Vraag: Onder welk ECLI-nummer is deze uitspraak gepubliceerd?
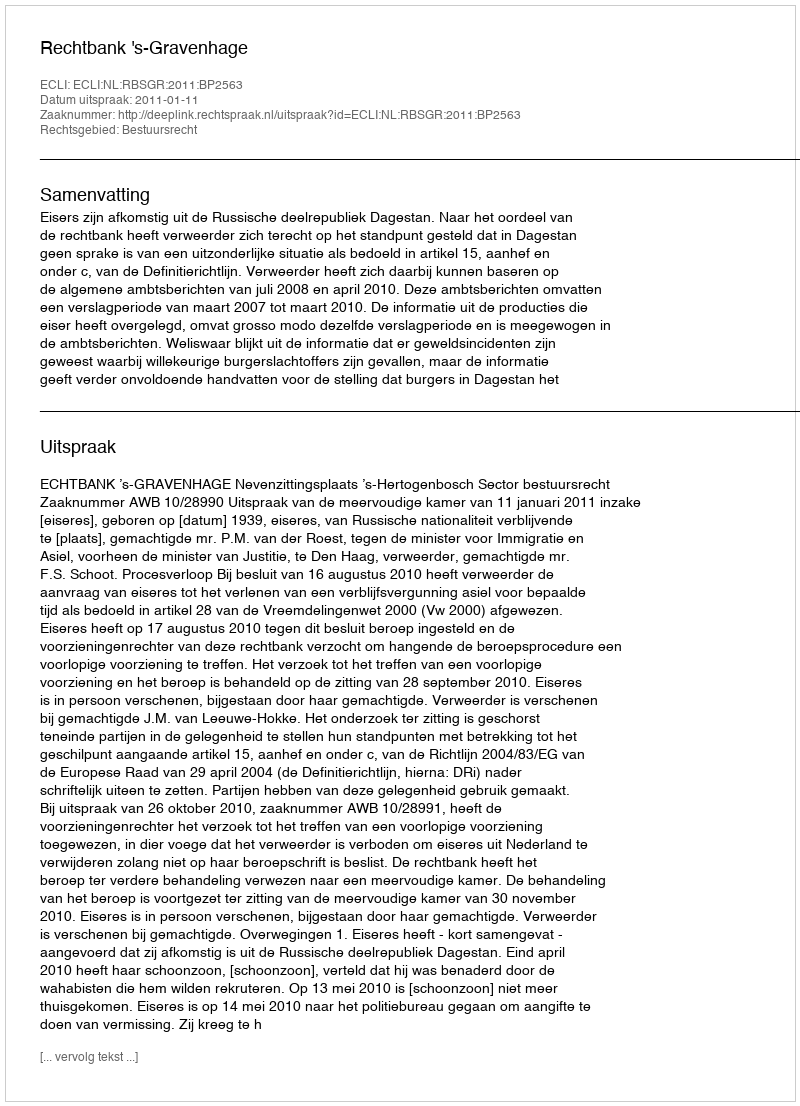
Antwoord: ECLI:NL:RBSGR:2011:BP2563